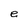
Character: e